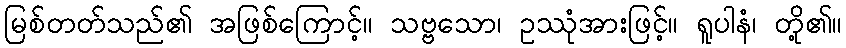
မြစ်တတ်သည်၏ အဖြစ်ကြောင့်။ သဗ္ဗသော၊ ဥဿုံအားဖြင့်။ ရူပါနံ၊ တို့၏။